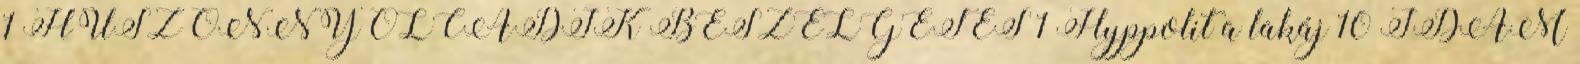
1 HUSZONNYOLCADIK BESZÉLGETÉS 1 Hyppolit a lakáj 10 IDÁM